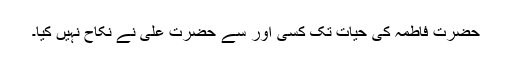
حضرت فاطمہ کی حیات تک کسی اور سے حضرت علی نے نکاح نہیں کیا۔